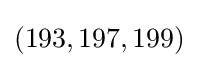
(193,197,199)